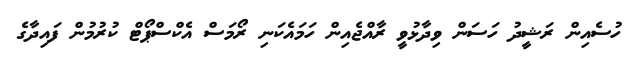
ހުސެއިން ރަޝީދު ހަސަން ވިދާޅުވީ ރާއްޖެއިން ހަމައެކަނި ރޯމަސް އެކްސްޕޯޓް ކުރުމުން ފައިދާގެ